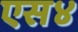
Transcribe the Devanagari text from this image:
एस४